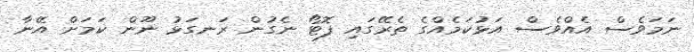
ނަމަވެސް އެއްވެސް އަޅުކަމެއްގެ ތެރޭގައި ފޮޓޯ ނެގުން ރަނގަޅު ނޫން ކަމަށް އޭނާ